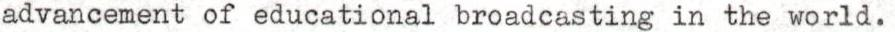
advancement of educational broadcasting in the world.